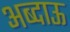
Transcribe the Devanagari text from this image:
अब्दाऊ